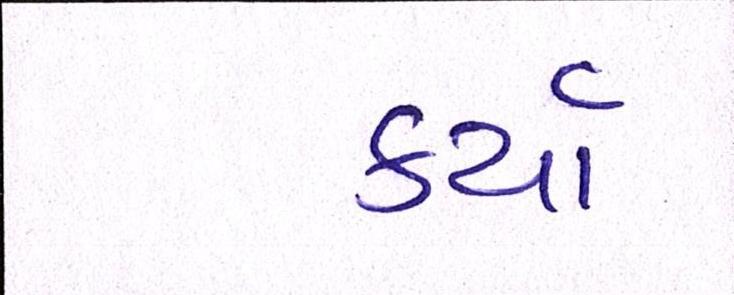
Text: કર્યા